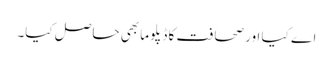
اے کیا اور صحافت کا ڈپلوما بھی حاصل کیا۔